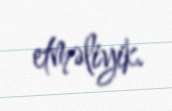
etməliyik.